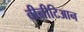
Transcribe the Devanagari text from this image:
वीनीटिआन